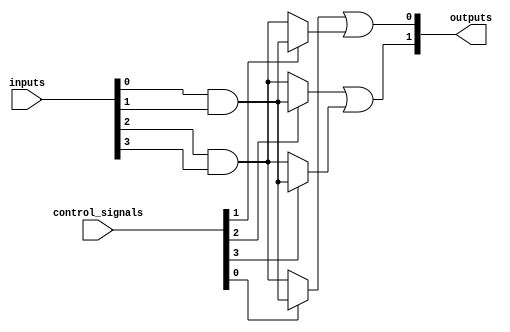
module CLB (
    input wire [N-1:0] inputs,         // N input lines
    input wire [M-1:0] control_signals, // Control signals for programmability
    output wire [P-1:0] outputs         // P output lines
);
    parameter N = 4; // Number of input lines
    parameter M = 4; // Number of AND gates (product terms)
    parameter P = 2; // Number of output lines

    // Declare wires for the product terms
    wire [M-1:0] product_terms;
    wire [P-1:0] final_outputs;

    // Example programmable AND gates
    genvar i;
    generate
        for (i = 0; i < M; i = i + 1) begin : and_gates
            assign product_terms[i] = (control_signals[i] == 1) ? 
                                       (inputs[0] & inputs[1]) : 
                                       (inputs[2] & inputs[3]);
        end
    endgenerate

    // Example OR gates combining product terms
    assign final_outputs[0] = product_terms[0] | product_terms[1]; // First output
    assign final_outputs[1] = product_terms[2] | product_terms[3]; // Second output

    // Output assignments
    assign outputs = final_outputs;

endmodule